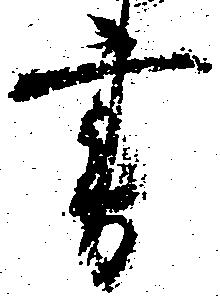
書